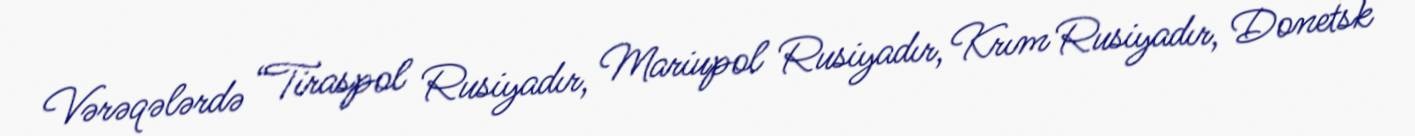
Vərəqələrdə “Tiraspol Rusiyadır, Mariupol Rusiyadır, Krım Rusiyadır, Donetsk